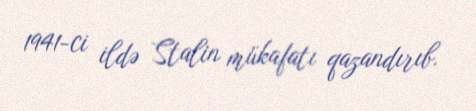
1941-ci ildə Stalin mükafatı qazandırıb.